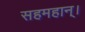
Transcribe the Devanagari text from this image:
सहमहान्।